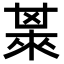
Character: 𣗅